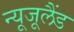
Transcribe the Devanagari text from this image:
न्यूजूलैंड